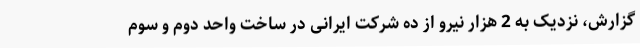
گزارش، نزدیک به 2 هزار نیرو از ده شرکت ایرانی در ساخت واحد دوم و سوم